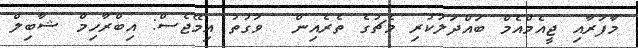
މާފަރާއި ޖީއެމްއެމް ބައްދަލުކުރި މެޗުގެ ތެރެއިން  ވަގުތު އިމޭޖެސް: އިބްރާހިމް ޝާބިލް